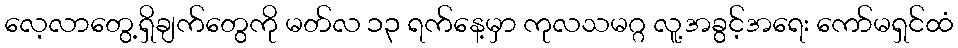
လေ့လာတွေ့ရှိချက်တွေကို မတ်လ ၁၃ ရက်နေ့မှာ ကုလသမဂ္ဂ လူ့အခွင့်အရေး ကော်မရှင်ထံ